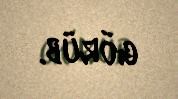
görüb.